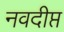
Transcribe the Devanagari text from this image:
नवदीप्त